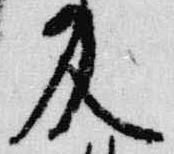
及